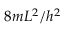
{ 8 m } { L ^ { 2 } } / h ^ { 2 }